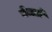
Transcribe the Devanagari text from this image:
वेजले